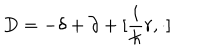
D = - \delta + \partial + [ \frac { i } { \hbar } r , \cdot ]